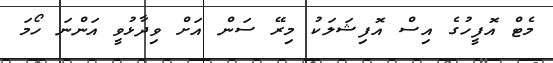
މެޓް އޮފީހުގެ އިސް އޮފިޝަލަކު މިރޭ ސަން އަށް ވިދާޅުވީ އަންނަ ހޯމަ